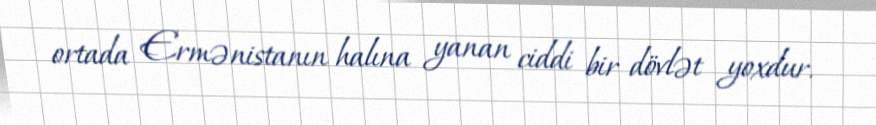
ortada Ermənistanın halına yanan ciddi bir dövlət yoxdur.